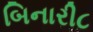
બિનારી૮